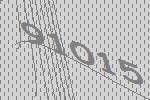
91015